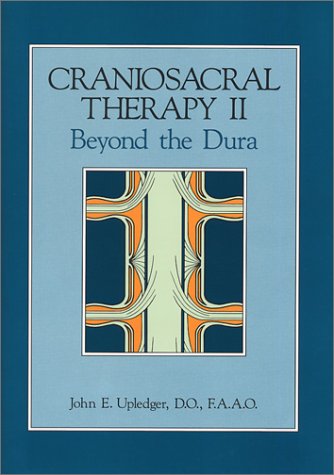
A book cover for Craniosacral Therapy II: Beyond the Dura; John E. Upledger; Medical Books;